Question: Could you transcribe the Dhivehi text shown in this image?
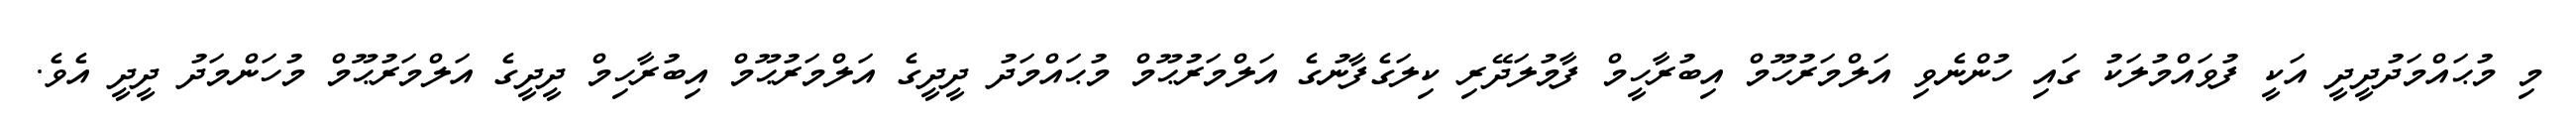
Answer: މި މުޙައްމަދުދީދީ އަކީ ފުވައްމުލަކު ގައި ހުންނެވި އަލްމަރުހޫމް އިބުރާހީމް ފާމުލަދޭރި ކިލަގެފާނުގެ އަލްމަރުޙޫމް މުޙައްމަދު ދީދީގެ އަލްމަރުޙޫމް އިބުރާހިމް ދީދީގެ އަލްމަރުޙޫމް މުހަންމަދު ދީދީ އެވެ.